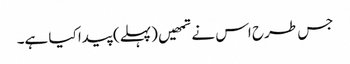
جس طرح اس نے تمھیں (پہلے) پیدا کیا ہے۔